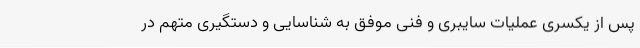
پس از یکسری عملیات سایبری و فنی موفق به شناسایی و دستگیری متهم در